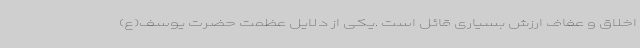
اخلاق و عفاف ارزش بسیاری قائل است .یکی از دلایل عظمت حضرت یوسف(ع)